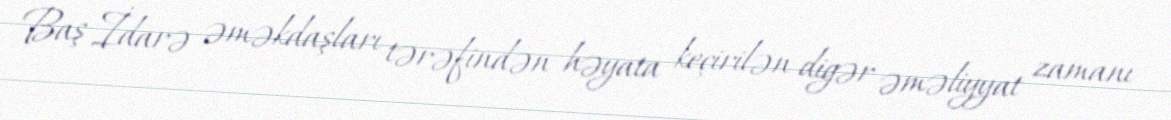
Baş İdarə əməkdaşları tərəfindən həyata keçirilən digər əməliyyat zamanı